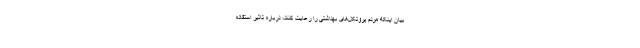
بیان اینکه مردم پروتکل‌های بهداشتی را رعایت کنند، درباره تاثیر استفاده